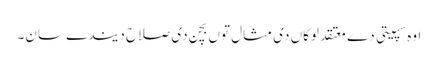
اوہ سپیتی دے معتقد لوکاں دی مثال توں بچن دی صلاح دیندے سان۔